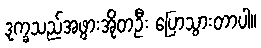
ဒုက္ခသည်အဖွားအိုတဦး ပြောသွားတာပါ။